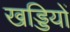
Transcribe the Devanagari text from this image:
खड्डियों